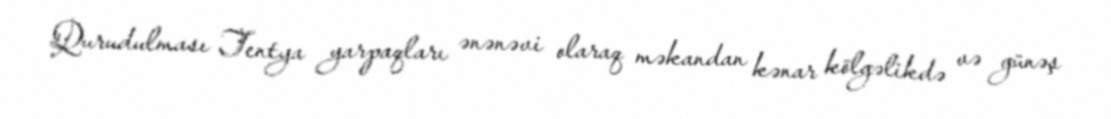
Qurudulması Tentya yarpaqları ənənəvi olaraq məkandan kənar kölgəlikdə və günəş